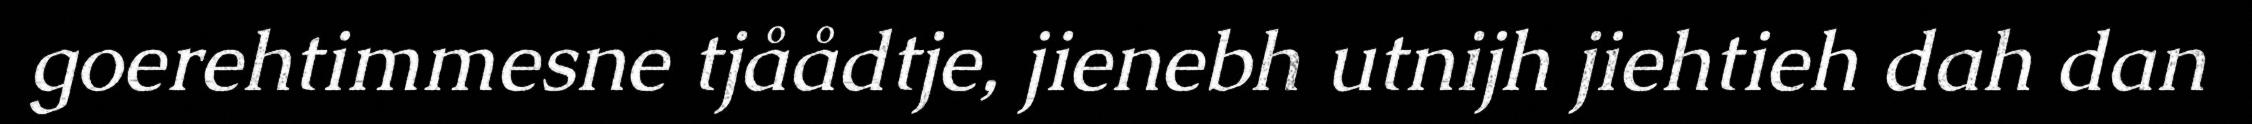
goerehtimmesne tjåådtje, jienebh utnijh jiehtieh dah dan